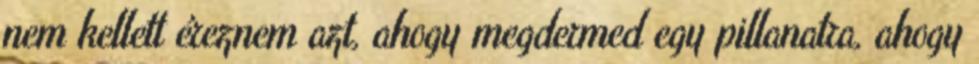
nem kellett éreznem azt, ahogy megdermed egy pillanatra, ahogy